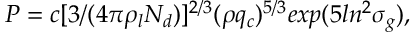
P = c [ 3 / ( 4 \pi \rho _ { l } N _ { d } ) ] ^ { 2 / 3 } ( \rho q _ { c } ) ^ { 5 / 3 } e x p ( 5 l n ^ { 2 } \sigma _ { g } ) ,